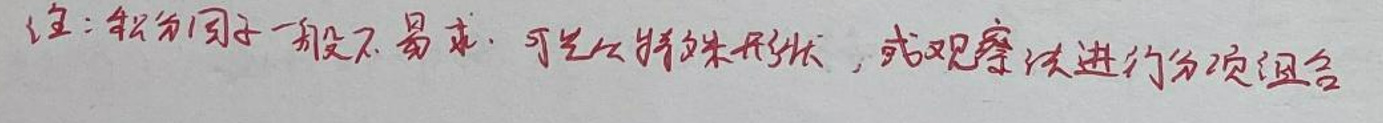
注：积分因子一般不易求，可先从特殊形状，或观察法进行分项组合。